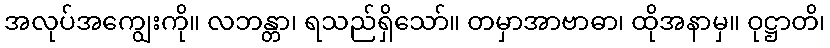
အလုပ်အကျွေးကို။ လဘန္တာ၊ ရသည်ရှိသော်။ တမှာအာဗာဓာ၊ ထိုအနာမှ။ ဝုဋ္ဌာတိ၊